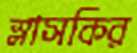
স্লাসকির